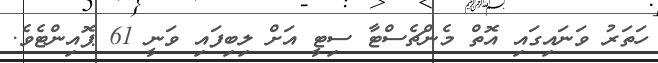
ހަތަރު ވަނައިގައި އޮތް މެންޗެސްޓާ ސިޓީ އަށް ލިބިފައި ވަނީ 61 ޕޮއިންޓެވެ.